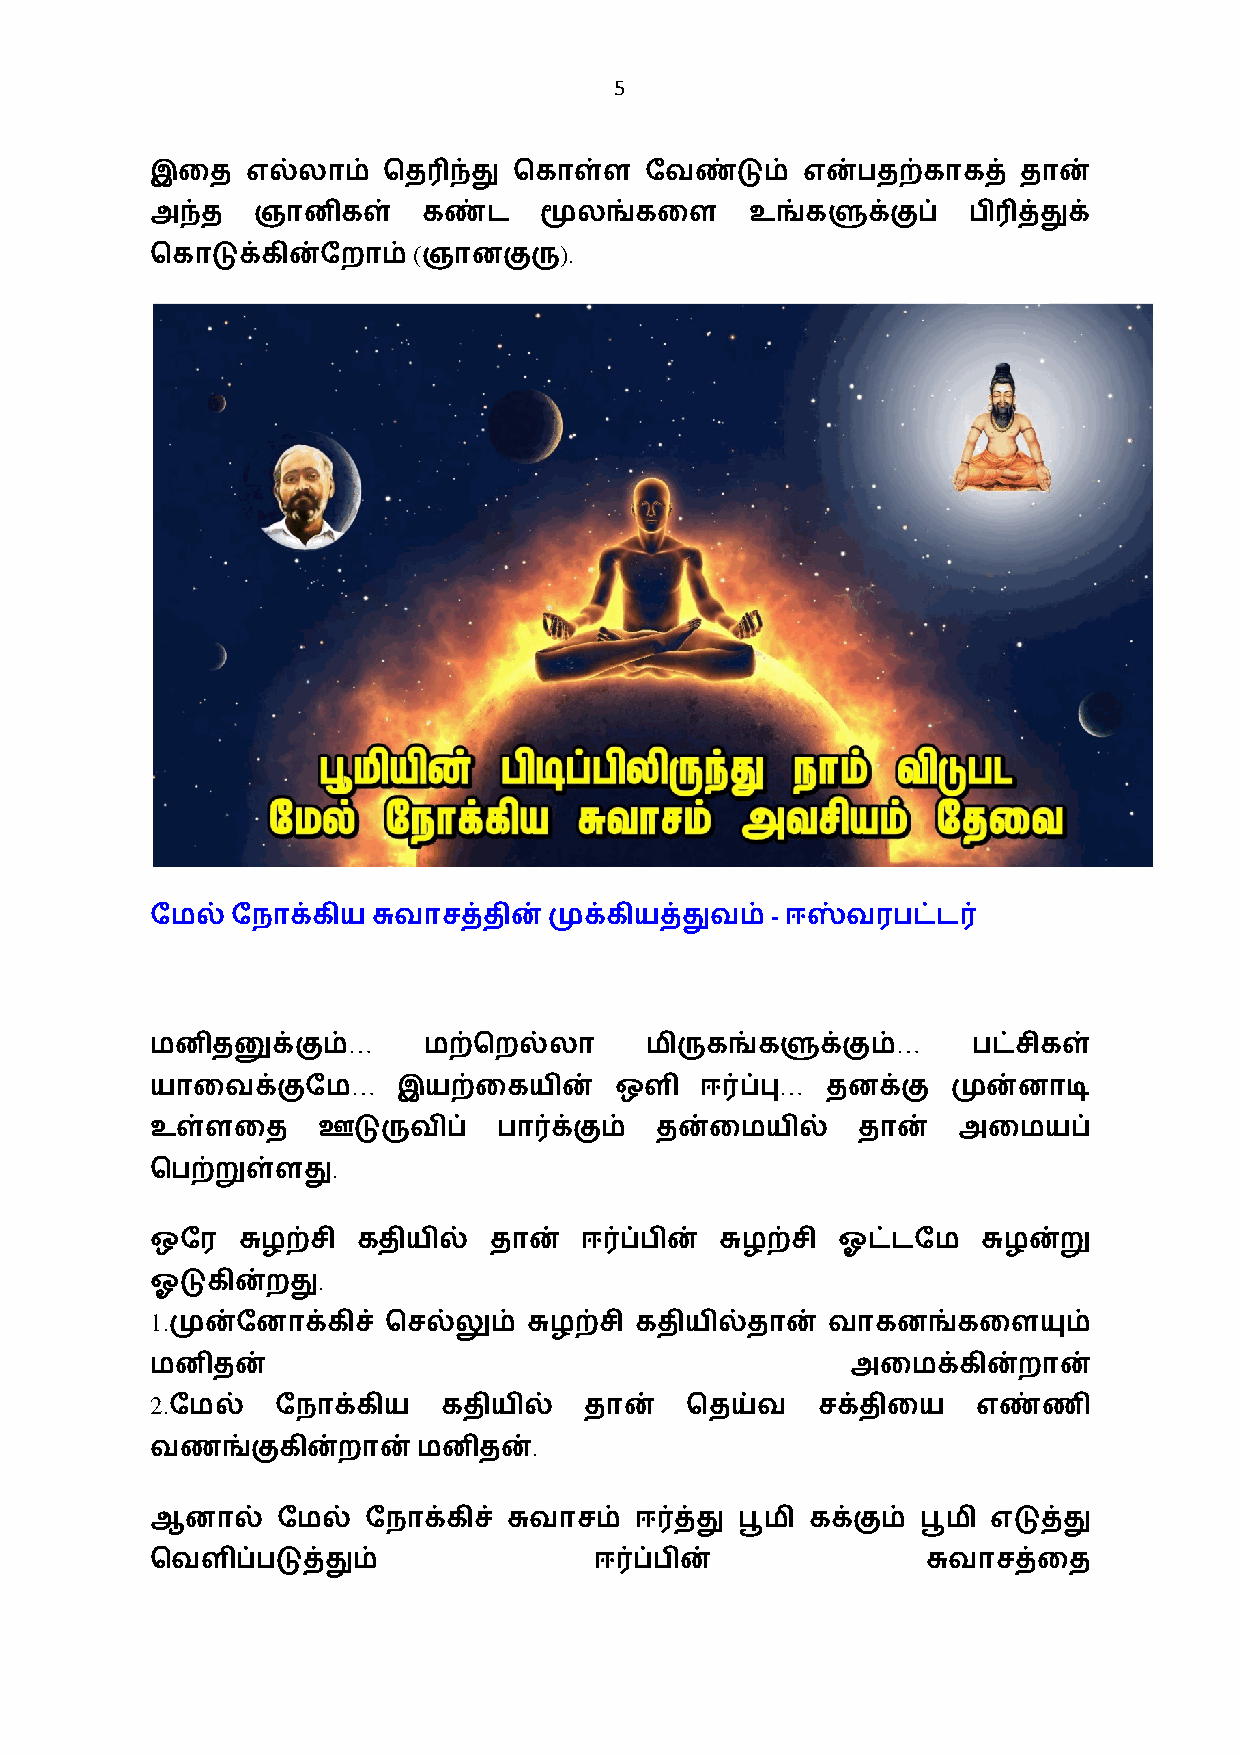
5
 இைத   எல்லாம்  ெத3ந்து  ெகாள்ள   ேவண்டும்  என்பதற்காகத்   தான்
 அந்த   ஞானிகள்    கண்ட    மூலங்கைள      உங்களுக்குப்  பி3த்துக்
 (         ).
 ெகாடுக்கின்ேறாம்  ஞானகுரு
 -
 ேமல் ேநாக்கியசுவாசத்தின்முக்கியத்துவம்    ஈஸ்வரபட்ட0
 …                                   …
 மனிதனுக்கும்      மற்ெறல்லா      மிருகங்களுக்கும்     பட்சிகள்
 …                            …
 யாைவக்குேம      இயற்ைகயின்     ஒளி  ஈ0ப்பு   தனக்கு  முன்னாடி
 உள்ளைத     ஊடுருவிப்   பா0க்கும் தன்ைமயில்     தான்  அைமயப்
 .
 ெபற்றுள்ளது
 ஒேர   சுழற்சி கதியில் தான்  ஈ0ப்பின்  சுழற்சி ஓட்டேம   சுழன்று
 .
 ஓடுகின்றது
 1.
 முன்ேனாக்கிச் ெசல்லும்  சுழற்சி கதியில்தான் வாகனங்கைளயும்
 மனிதன்                                        அைமக்கின்றான்
 2.
 ேமல்   ேநாக்கிய   கதியில்   தான்  ெதய்வ    சக்திைய    எண்ணி
 .
 வணங்குகின்றான்    மனிதன்
 ஆனால்   ேமல்  ேநாக்கிச் சுவாசம் ஈ0த்து பூமி கக்கும் பூமி எடுத்து
 ெவளிப்படுத்தும்              ஈ0ப்பின்              சுவாசத்ைத